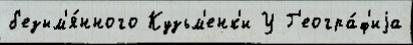
б'езым'я́нного Кузьм'енк'и У Г'еогра́ф'иjа